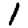
Digit: 1